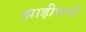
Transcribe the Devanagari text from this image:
झाड़ीपानी